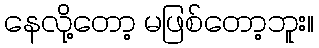
နေလို့တော့ မဖြစ်တော့ဘူး။